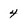
Character: 4